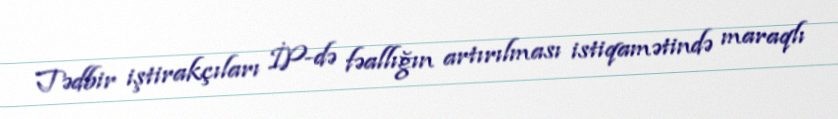
Tədbir iştirakçıları İP-də fəallığın artırılması istiqamətində maraqlı